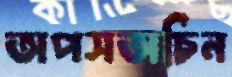
অপসঅচিন